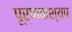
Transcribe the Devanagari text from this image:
पूर्णकश्यप